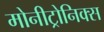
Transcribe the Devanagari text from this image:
मोनीट्रोनिक्स